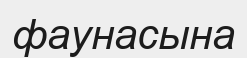
фаунасына